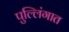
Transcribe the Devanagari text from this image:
पुल्लिंगात